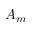
A _ { m }